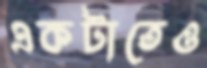
একটাতেও